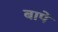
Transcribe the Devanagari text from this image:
बापें